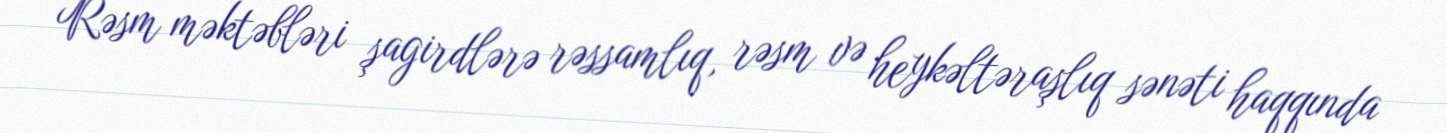
Rəsm məktəbləri şagirdlərə rəssamlıq, rəsm və heykəltəraşlıq sənəti haqqında